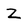
Character: z